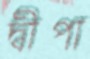
দ্বীপা